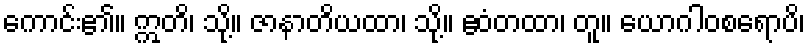
ကောင်း၏။ ဣတိ၊ သို့။ ဇာနာတိယထာ၊ သို့။ ဧဝံတထာ၊ တူ။ ယောဂါဝစရောပိ၊